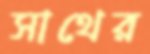
সাথের